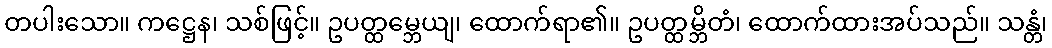
တပါးသော။ ကဋ္ဌေန၊ သစ်ဖြင့်။ ဥပတ္ထမ္ဘေယျ၊ ထောက်ရာ၏။ ဥပတ္ထမ္ဘိတံ၊ ထောက်ထားအပ်သည်။ သန္တံ၊